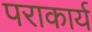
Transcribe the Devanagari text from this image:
पराकार्य